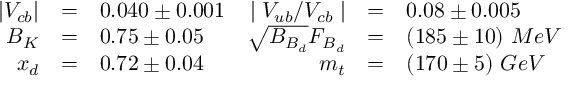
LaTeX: \begin{array} { r c l r c l } { { \left| V _ { c b } \right| } } & { { = } } & { { 0 . 0 4 0 \pm 0 . 0 0 1 } } & { { \mid V _ { u b } / V _ { c b } \mid } } & { { = } } & { { 0 . 0 8 \pm 0 . 0 0 5 } } \\ { { B _ { K } } } & { { = } } & { { 0 . 7 5 \pm 0 . 0 5 } } & { { \sqrt { B _ { B _ { d } } } F _ { B _ { d } } } } & { { = } } & { { ( 1 8 5 \pm 1 0 ) ~ M e V } } \\ { { x _ { d } } } & { { = } } & { { 0 . 7 2 \pm 0 . 0 4 } } & { { m _ { t } } } & { { = } } & { { ( 1 7 0 \pm 5 ) ~ G e V } } \end{array}